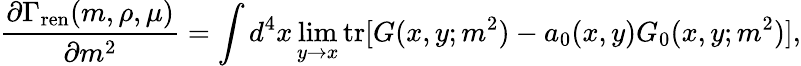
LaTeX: {\frac{\partial\Gamma_{\mathrm{ren}}(m,\rho,\mu)}{\partial m^{2}}}=\int d^{4}x\operatorname*{lim}_{y\to x}\mathrm{tr}[G(x,y;m^{2})-a_{0}(x,y)G_{0}(x,y;m^{2})],